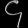
Digit: ၄